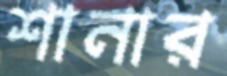
শানার